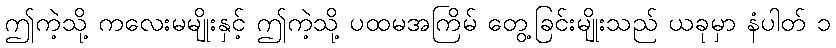
ဤကဲ့သို့ ကလေးမမျိုးနှင့် ဤကဲ့သို့ ပထမအကြိမ် တွေ့ခြင်းမျိုးသည် ယခုမှာ နံပါတ် ၁